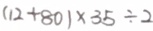
= ( 1 2 + 8 0 ) \times 3 5 \div 2